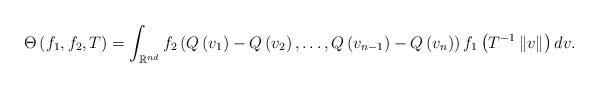
LaTeX: \begin{align*}\Theta\left(f_{1},f_{2},T\right)=\int_{\mathbb{R}^{nd}}f_{2}\left(Q\left(v_{1}\right)-Q\left(v_{2}\right),\dots,Q\left(v_{n-1}\right)-Q\left(v_{n}\right)\right)f_{1}\left(T^{-1}\left\Vert v\right\Vert \right)dv.\end{align*}